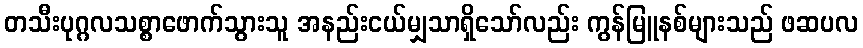
တသီးပုဂ္ဂလသစ္စာဖောက်သွားသူ အနည်းငယ်မျှသာရှိသော်လည်း ကွန်မြူနစ်များသည် ဖဆပလ